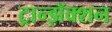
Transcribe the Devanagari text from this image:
ट्रान्झॅक्शन